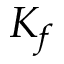
K _ { f }